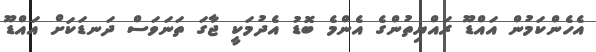
އެހެންކަމުން އައްޑޫ ރައްޔިތުންގެ އެންމެ ބޮޑު އެދުމަކީ ޖާގަ ތަނަވަސް ދަނޑަކަށް އައްޑޫ